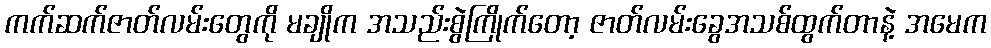
ကက်ဆက်ဇာတ်လမ်းတွေကို မချိုက အသည်းစွဲကြိုက်တော့ ဇာတ်လမ်းခွေအသစ်ထွက်တာနဲ့ အမေက